Sketch of the medical history of the native army of Bombay, for the year
Year: 1875
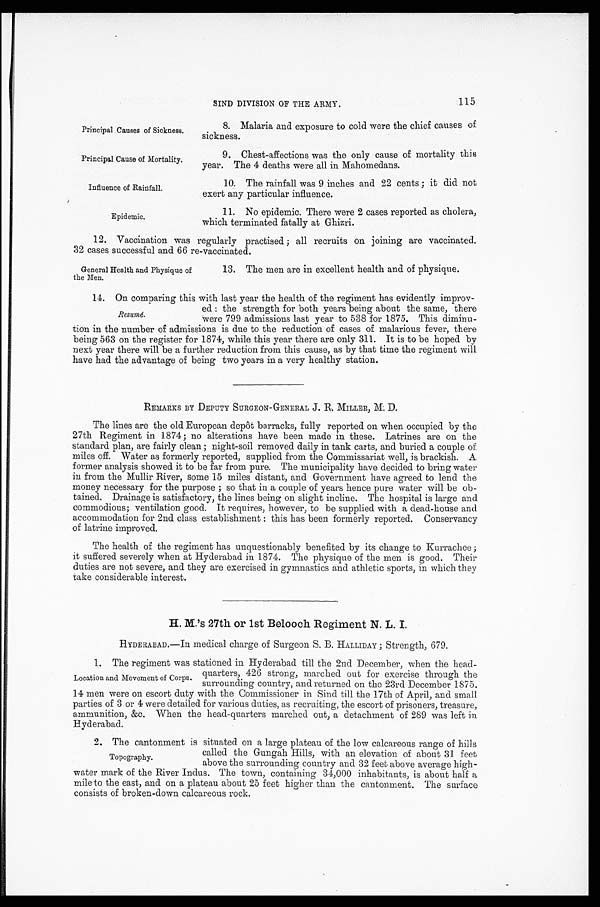
Principal Causes of Sickness.
Principal Cause of Mortality.
Influence of Rainfall.
Epidemic.
115
SIND DIVISION OF THE ARMY.
8. Malaria and exposure to cold were the chief causes of
sickness.
9. Chest-affections was the only cause of mortality this
year. The 4 deaths were all in Mahomedans.
10. The rainfall was 9 inches and 22 cents; it did not
exert any particular influence.
11. No epidemic. There were 2 cases reported as cholera,
which terminated fatally at Ghizri.
12. Vaccination was regularly practised; all recruits on joining are vaccinated.
32 cases successful and 66 re-vaccinated.
General Health and Physique of
the Men.
13. The men are in excellent health and of physique.
14. On comparing this with last year the health of the regiment has evidently improv
-
ed: the strength for both years being about the same, there
were 799 admissions last year to 538 for 1875. This diminu
-
tion in the number of admissions is due to the reduction of cases of malarious fever, there
being 563 on the register for 1874, while this year there are only 311. It is to be hoped by
next year there will be a further reduction from this cause, as by that time the regiment will
have had the advantage of being two years in a very healthy station.
REMARKS BY DEPUTY SURGEON-GENERAL J. R. MILLER, M. D.
The lines are the old European depôt barracks, fully reported on when occupied by the
27th Regiment in 1874; no alterations have been made in these. Latrines are on the
standard plan, are fairly clean; night-soil removed daily in tank carts, and buried a couple of
miles off. Water as formerly reported, supplied from the Commissariat well, is brackish. A
former analysis showed it to be far from pure. The municipality have decided to bring water
in from the Mullir River, some 15 miles distant, and Government have agreed to lend the
money necessary for the purpose; so that in a couple of years hence pure water will be ob
-
tained. Drainage is satisfactory, the lines being on slight incline. The hospital is large and
commodious; ventilation good. It requires, however, to be supplied with a dead-house and
accommodation for 2nd class establishment: this has been formerly reported. Conservancy
of latrine improved.
The health of the regiment has unquestionably benefited by its change to Knrrachee;
it suffered severely when at Hyderabad in 1874. The physique of the men is good. Their
duties are not severe, and they are exercised in gymnastics and athletic sports, in which they
take considerable interest.
H. M.'s 27th or 1st Belooch Regiment N. L. I.
HYDERABAD.—In medical charge of Surgeon S. B. HALLIDAY; Strength, 679.
1.The regiment was stationed in Hyderabad till the 2nd December, when the head-
quarters, 426 strong, marched out for exercise through the
surrounding country, and returned on the 23rd December 1875.
14 men were on escort duty with the Commissioner in Sind till the 17th of April, and small
parties of 3 or 4 were detailed for various duties, as recruiting, the escort of prisoners, treasure,
ammunition, &c. When the head-quarters marched out, a detachment of 289 was left in
Hyderabad.
Resumé.
Location and Movement of Corps.
2. The cantonment is situated on a large plateau of the low calcareous range of hills
called the Gungah Hills, with an elevation of about 31 feet
above the surrounding country and 32 feet above average high
-water mark of the River Indus. The town, containing 34,000 inhabitants, is about half a
mile to the east, and on a plateau about 25 feet higher than the cantonment. The surface
consists of broken-down calcareous rock.
Topography.